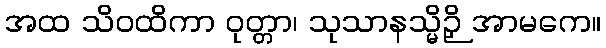
အထ သိဝထိကာ ဝုတ္တာ၊ သုသာနသ္မိဉှိ အာမကေ။